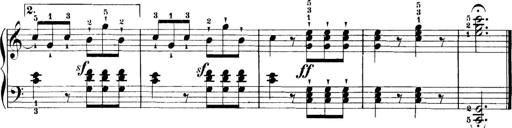
Title: 11 Sonatinas
Composer: Anton Diabelli